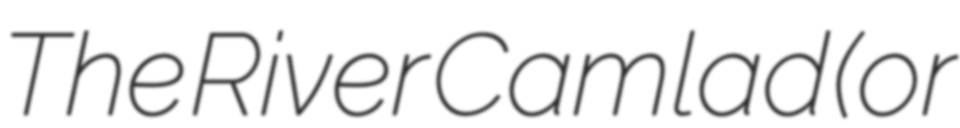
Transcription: The River Camlad (or